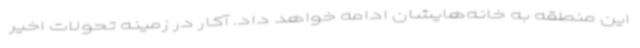
این منطقه به خانه‌هایشان ادامه خواهد داد. آکار در زمینه تحولات اخیر